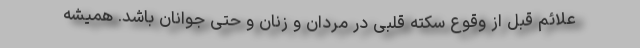
علائم قبل از وقوع سکته قلبی در مردان و زنان و حتی جوانان باشد. همیشه